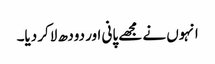
انہوں نے مجھے پانی اور دودھ لاکر دیا۔